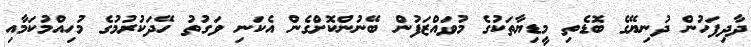
ދާދިފަހުން ދުނިޔޭގެ ބޮޑެތި މީޑިޔާތަކުގެ މުވައްޒަފުން ބޭނުންކޮށްގެން އެކަނި ވަގުތު ހޭދަކުރުމުގެ މުހިއްމުކަމާއި